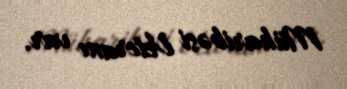
Müharibəsi Veteranı var.